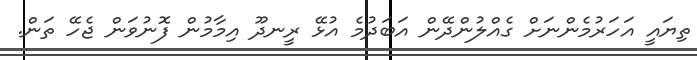
ތިޔައީ އަހަރުމެންނަށް ގެއްލުންދޭން އަބަދުމެ އުޅޭ ރީނދޫ އިމާމުން ފޮނުވަން ޖެހޭ ތަން.